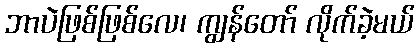
ဘာပဲဖြစ်ဖြစ်လေ၊ ကျွန်တော် လိုက်ခဲ့မယ်